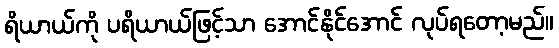
ရိယာယ်ကို ပရိယာယ်ဖြင့်သာ အောင်နိုင်အောင် လုပ်ရတော့မည်။